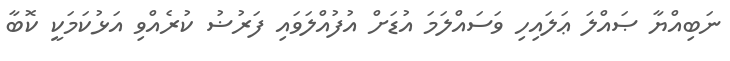
ނަބިއްޔާ ޞައްލަ ޢަލައިހި ވަސައްލަމަ އުޑަށް އުފުއްލަވައި ފަރުޟު ކުރެއްވި އަޅުކަމަކީ ކޮބާ